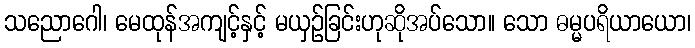
သညောဂေါ၊ မေထုန်အကျင့်နှင့် မယှဉ်ခြင်းဟုဆိုအပ်သော။ သော ဓမ္မပရိယာယော၊